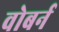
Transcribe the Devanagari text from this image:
वोबर्न